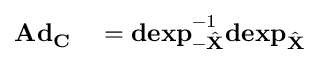
\begin{array} { r l } { \mathbf { A d } _ { \mathbf { C } } } & { { } = \mathbf { d e x p } _ { - \hat { \mathbf { X } } } ^ { - 1 } \mathbf { d e x p } _ { \hat { \mathbf { X } } } } \end{array}